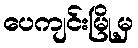
ပေကျင်းမြို့မှ